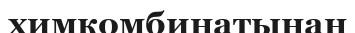
химкомбинатынан